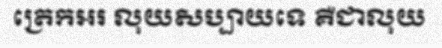
ត្រេកអរ លុយសប្បាយទេ គឺជាលុយ